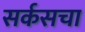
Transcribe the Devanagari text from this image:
सर्कसचा